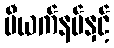
ဗီယက်နမ်နှင့်